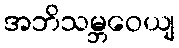
အဘိသမ္ဘဝေယျ